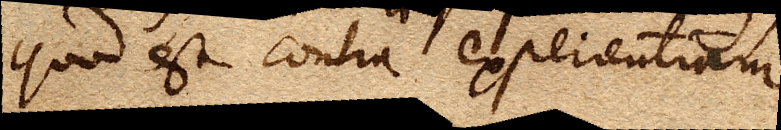
quod est contra experientiam